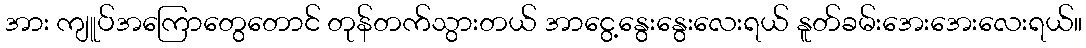
အား ကျူပ်အကြောတွေတောင် တုန်တက်သွားတယ် အာငွေ့နွေးနွေးလေးရယ် နူတ်ခမ်းအေးအေးလေးရယ်။